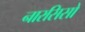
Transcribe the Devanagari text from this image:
नारसिसो